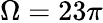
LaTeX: \Omega=23\pi